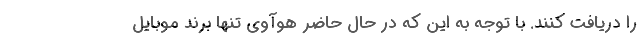
را دریافت کنند. با توجه به این که در حال حاضر هوآوی تنها برند موبایل